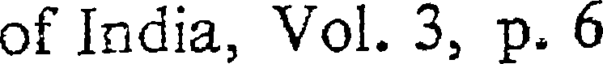
of India, Vol. 3, p. 6